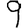
Digit: 9